Piroplasma canis and its life cycle in the tick - Number 29
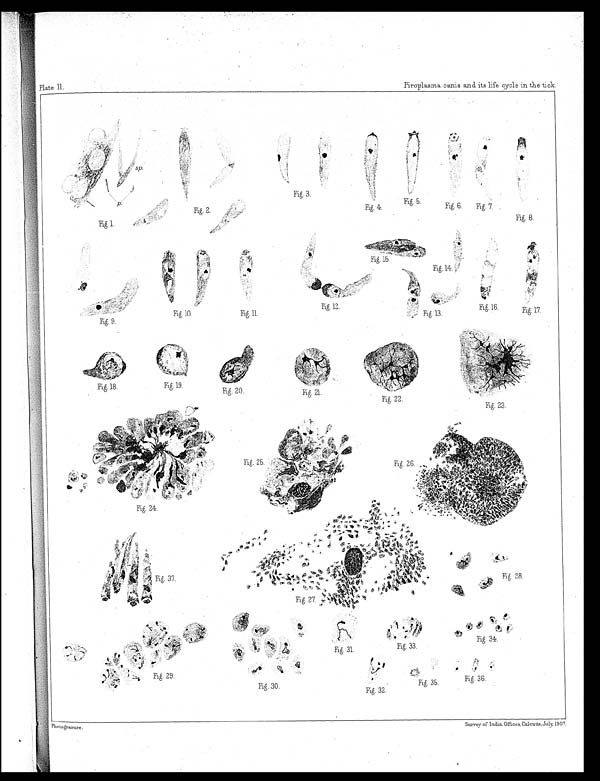
Fig. 9.
Fig.10.
Fig. 11.
Fig. 12.
Fig. 13.
Fig. 16.
Fig: 17.
Fig. 18.
Fig. 19.
Fig. 20.
Fig. 21.
Fig. 22.
Fig. 23.
Fig. 25.
Fig. 26. .,
Fig. 31.
Fig. 33.
Fig. 34.
Fig. 29.
Fig. 30.
Fig. 32.
Fig. 35.
Fig. 36.
Plate II.
Fig. 1.
Fig. 8.
Fig. 2.
Fig. 3.
Fig. 4.
Fig. 5.
Fig. 6. Fig. 7.
Fig. 14.
Fig. 24.
Fig. 37.
Fig. 27.
Fig. 28.
Photogravure.
Survey of India Offices, Calcutta, July, 1907.